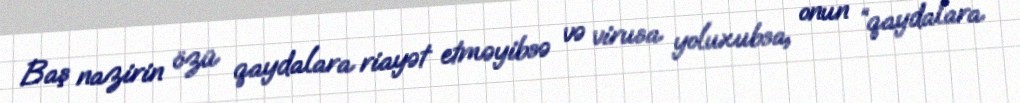
Baş nazirin özü qaydalara riayət etməyibsə və virusa yoluxubsa, onun “qaydalara